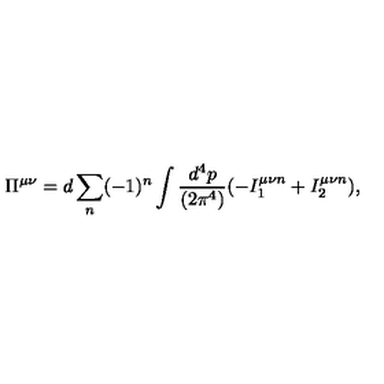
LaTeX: \Pi ^ { \mu \nu } = d \sum _ { n } ( - 1 ) ^ { n } \int { \frac { d ^ { 4 } p } { ( 2 \pi ^ { 4 } ) } } ( - I _ { 1 } ^ { \mu \nu n } + I _ { 2 } ^ { \mu \nu n } ) ,